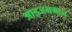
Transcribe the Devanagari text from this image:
आइजनमान